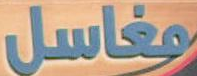
مغاسل